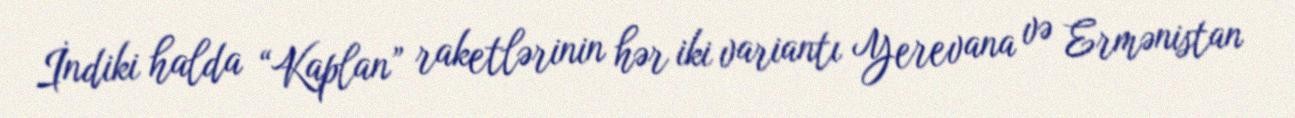
İndiki halda “Kaplan” raketlərinin hər iki variantı Yerevana və Ermənistan